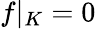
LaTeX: f|_{K}=0